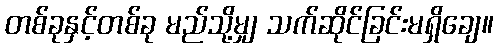
တစ်ခုနှင့်တစ်ခု မည်သို့မျှ သက်ဆိုင်ခြင်းမရှိချေ။